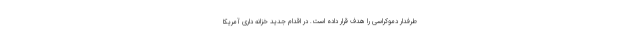
طرفدار دموکراسی را هدف قرار داده است. در اقدام جدید خزانه داری آمریکا